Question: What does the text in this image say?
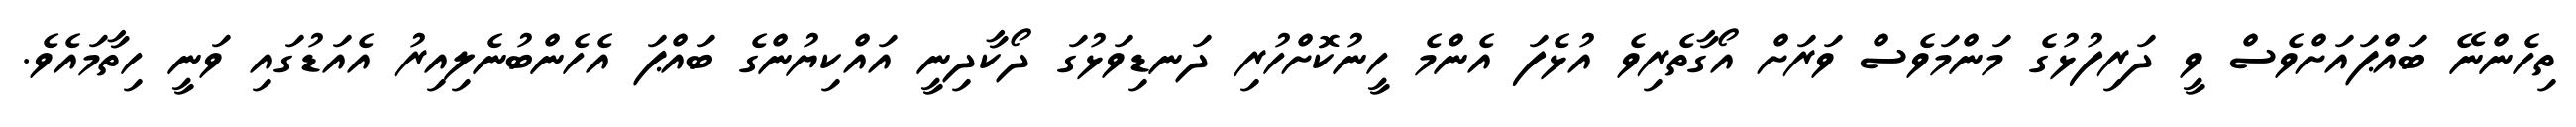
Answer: ތިހެންނޭ ބައްޕައަށްވެސް ވީ ދަރިފުޅުގެ މަންމަވެސް ވަރަށް އޯގާތެރިވެ އުޅެފަ އެންމެ ހީނުކޮށްހުރި ދަނޑިވަޅުގަ ދޯކާދިނީ އައްކިޔުންގެ ބައްޕަ އެހެންބުނެލިއިރު އެއަޑުގައި ވަނީ ހިތާމައެވެ.